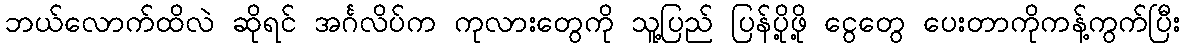
ဘယ်လောက်ထိလဲ ဆိုရင် အင်္ဂလိပ်က ကုလားတွေကို သူ့ပြည် ပြန်ပို့ဖို့ ငွေတွေ ပေးတာကိုကန့်ကွက်ပြီး